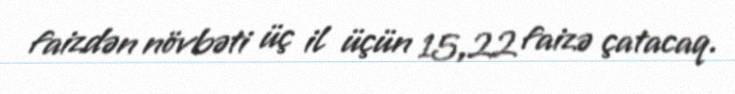
faizdən növbəti üç il üçün 15,22 faizə çatacaq.